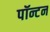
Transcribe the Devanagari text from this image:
पॉन्टन